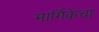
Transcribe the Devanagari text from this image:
मार्गिकेचा